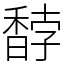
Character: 馞